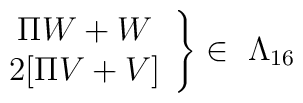
\left.\begin{array}{c}\Pi W+ W  \\2[\Pi V +V]\end{array}  \right  \}\in \ \Lambda _{16}